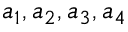
a _ { 1 } , a _ { 2 } , a _ { 3 } , a _ { 4 }